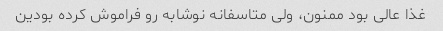
غذا عالی بود ممنون، ولی متاسفانه نوشابه رو فراموش کرده بودین